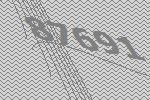
87691